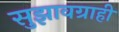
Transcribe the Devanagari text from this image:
सुझावग्राही